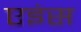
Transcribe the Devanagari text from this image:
एइंस